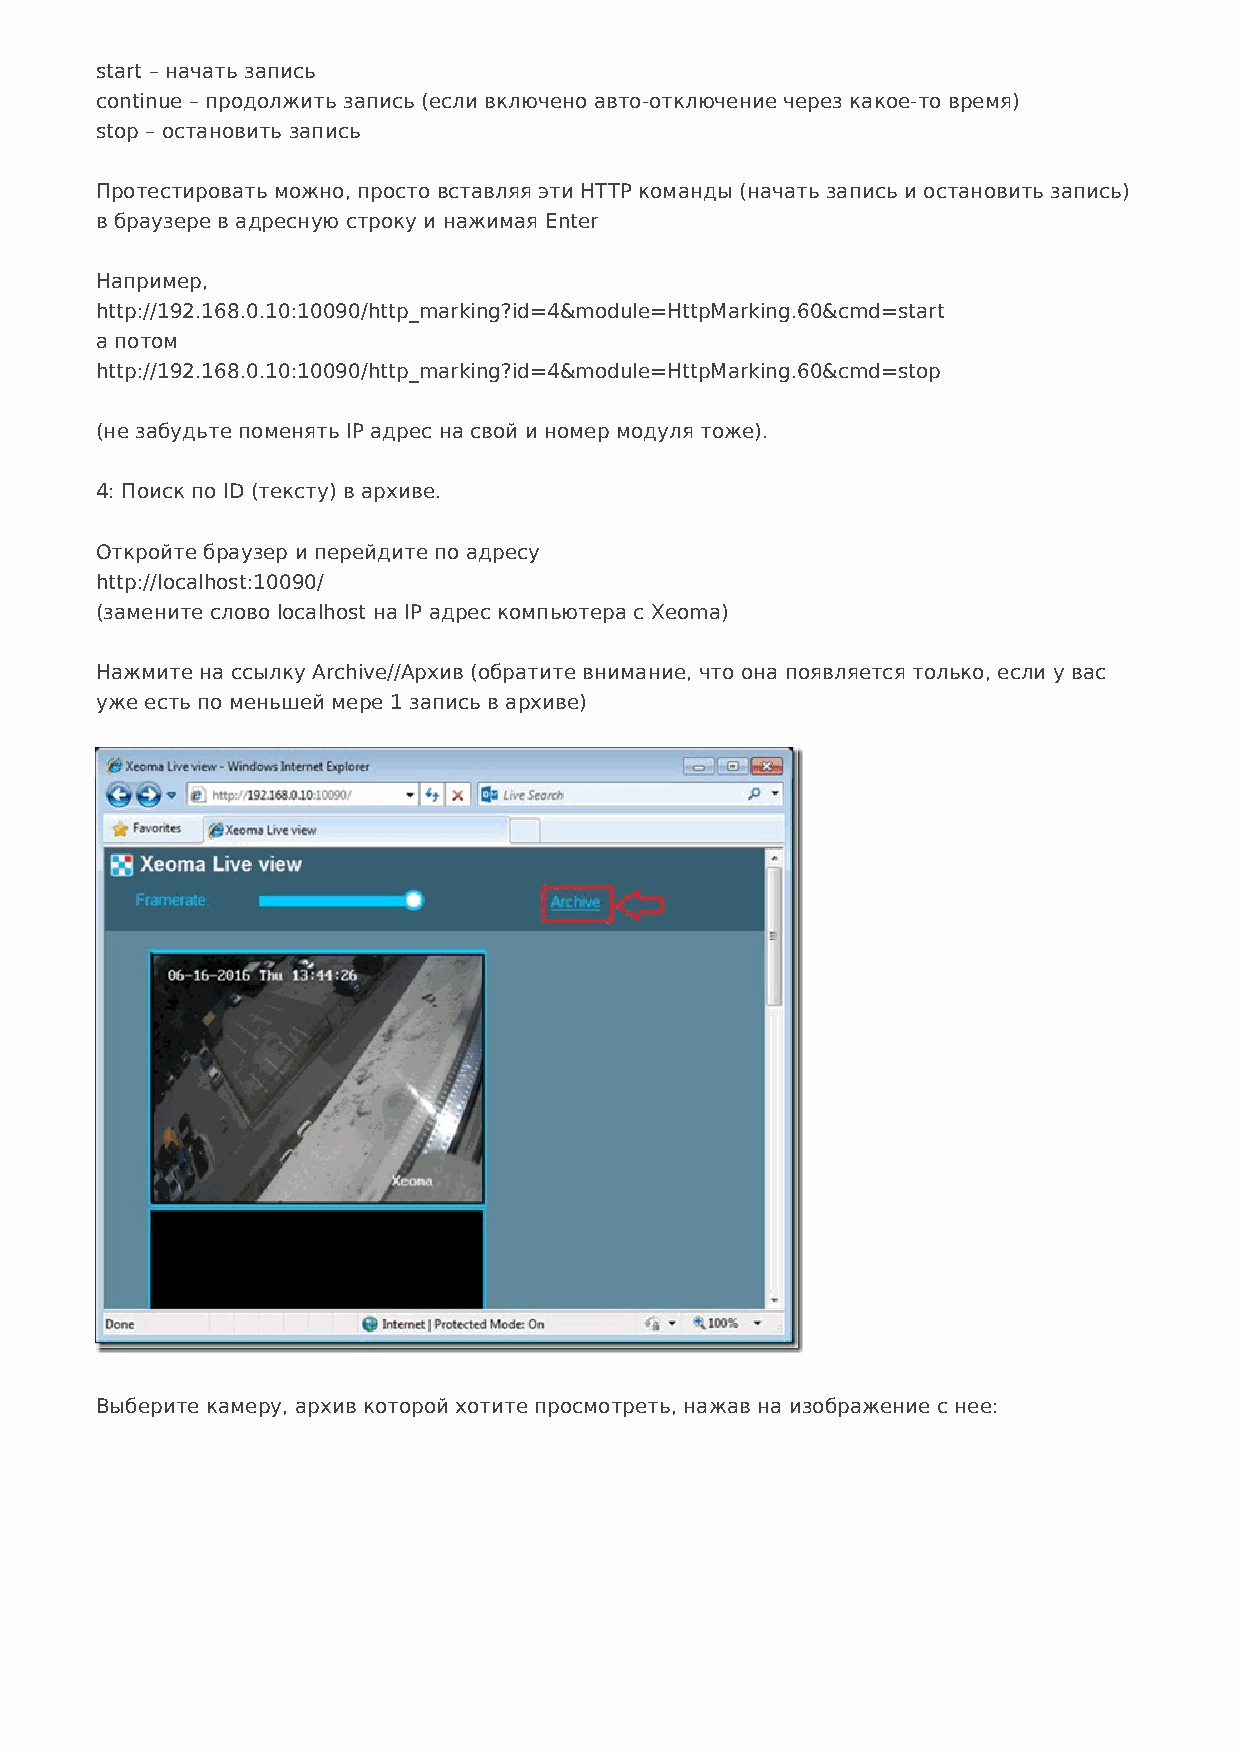
start – начать запись
 continue – продолжить запись (если включено авто-отключение через какое-то время)
 stop – остановить запись
 Протестировать можно, просто вставляя эти HTTP команды (начать запись и остановить запись)
 в браузере в адресную строку и нажимая Enter
 Например,
 http://192.168.0.10:10090/http_marking?id=4&module=HttpMarking.60&cmd=start
 а потом
 http://192.168.0.10:10090/http_marking?id=4&module=HttpMarking.60&cmd=stop
 (не забудьте поменять IP адрес на свой и номер модуля тоже).
 4: Поиск по ID (тексту) в архиве.
 Откройте браузер и перейдите по адресу
 http://localhost:10090/
 (замените слово localhost на IP адрес компьютера с Xeoma)
 Нажмите на ссылку Archive//Архив (обратите внимание, что она появляется только, если у вас
 уже есть по меньшей мере 1 запись в архиве)
 Выберите камеру, архив которой хотите просмотреть, нажав на изображение с нее: